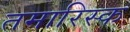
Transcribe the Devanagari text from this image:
तमारिस्क